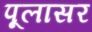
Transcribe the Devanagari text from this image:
पूलासर